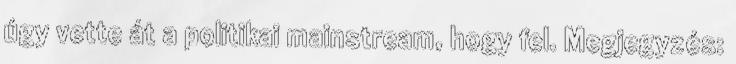
úgy vette át a politikai mainstream, hogy fel. Megjegyzés: